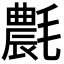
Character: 𣰊